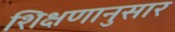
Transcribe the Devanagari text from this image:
शिक्षणानुसार